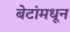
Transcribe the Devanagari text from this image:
बेटांमधून